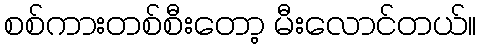
စစ်ကားတစ်စီးတော့ မီးလောင်တယ်။